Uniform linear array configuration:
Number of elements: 16
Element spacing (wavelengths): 0.25
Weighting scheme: blackman
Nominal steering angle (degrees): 60
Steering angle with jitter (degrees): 61.925
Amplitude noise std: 0.05
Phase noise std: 0.05

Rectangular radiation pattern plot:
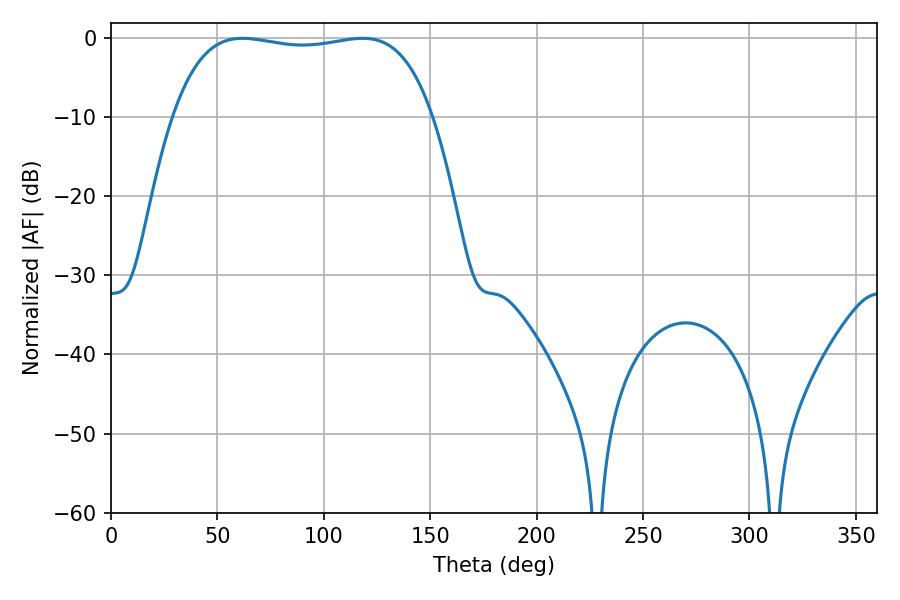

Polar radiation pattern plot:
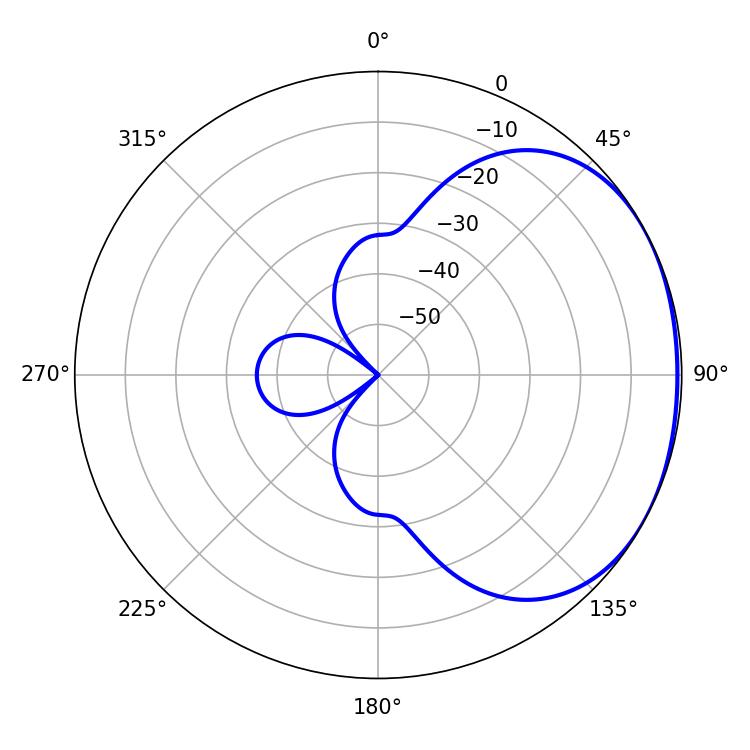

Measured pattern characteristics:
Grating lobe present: FALSE
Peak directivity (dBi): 1.547
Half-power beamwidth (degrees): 97.56
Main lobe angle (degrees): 61.74